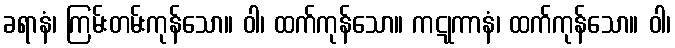
ခရာနံ၊ ကြမ်းတမ်းကုန်သော။ ဝါ၊ ထက်ကုန်သော။ ကဋုကာနံ၊ ထက်ကုန်သော။ ဝါ၊